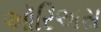
ઑરિઅસ